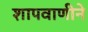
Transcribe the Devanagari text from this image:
शापवाणीने